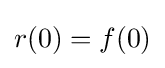
r(0)=f(0)